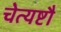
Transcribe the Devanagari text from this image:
चेत्यष्टौ